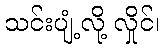
သင်းပျံ့လို့ လှိုင်၊